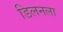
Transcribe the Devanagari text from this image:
डिलनला